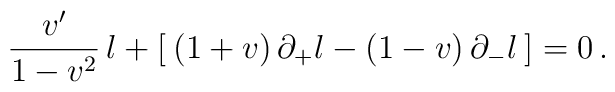
\frac{v'}{1 - v^{2}}\,l + [\: (1+v)\,\partial_{+}l - (1-v)\,\partial_{-}l\:]= 0 \,.